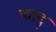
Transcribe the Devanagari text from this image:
फादृ